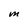
Character: M